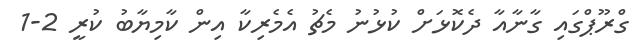
ގްރޫޕްގައި ގާނާއާ ދެކޮޅަށް ކުޅުނު މެޗު އެމެރިކާ އިން ކާމިޔާބު ކުރީ 2-1